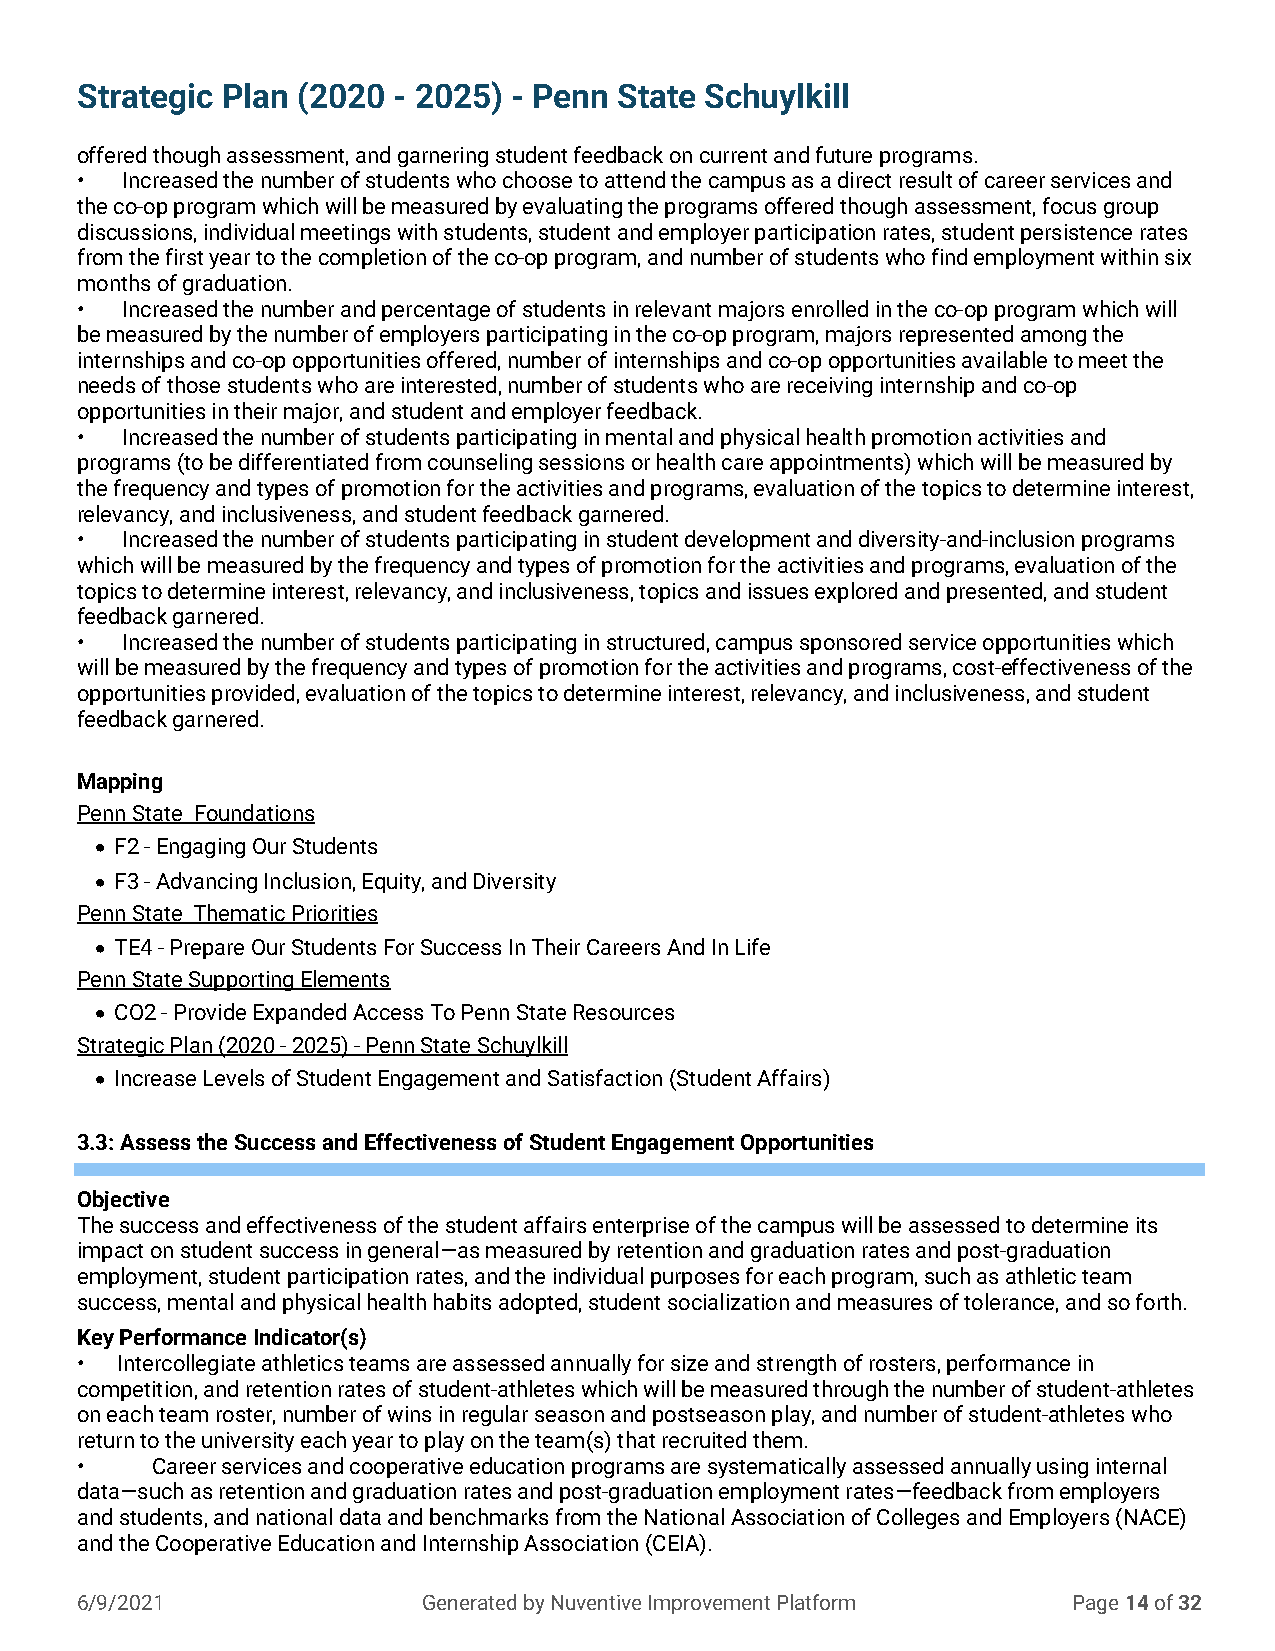
Strategic Plan (2020 - 2025) - Penn State Schuylkill
 offered though assessment, and garnering student feedback on current and future programs.
 •  Increased the number of students who choose to attend the campus as a direct result of career services and
 the co-op program which will be measured by evaluating the programs offered though assessment, focus group
 discussions, individual meetings with students, student and employer participation rates, student persistence rates
 from the first year to the completion of the co-op program, and number of students who find employment within six
 months of graduation.
 •  Increased the number and percentage of students in relevant majors enrolled in the co-op program which will
 be measured by the number of employers participating in the co-op program, majors represented among the
 internships and co-op opportunities offered, number of internships and co-op opportunities available to meet the
 needs of those students who are interested, number of students who are receiving internship and co-op
 opportunities in their major, and student and employer feedback.
 •  Increased the number of students participating in mental and physical health promotion activities and
 programs (to be differentiated from counseling sessions or health care appointments) which will be measured by
 the frequency and types of promotion for the activities and programs, evaluation of the topics to determine interest,
 relevancy, and inclusiveness, and student feedback garnered.
 •  Increased the number of students participating in student development and diversity-and-inclusion programs
 which will be measured by the frequency and types of promotion for the activities and programs, evaluation of the
 topics to determine interest, relevancy, and inclusiveness, topics and issues explored and presented, and student
 feedback garnered.
 •  Increased the number of students participating in structured, campus sponsored service opportunities which
 will be measured by the frequency and types of promotion for the activities and programs, cost-effectiveness of the
 opportunities provided, evaluation of the topics to determine interest, relevancy, and inclusiveness, and student
 feedback garnered.
 Mapping
 Penn State Foundations
 • F2 - Engaging Our Students
 • F3 - Advancing Inclusion, Equity, and Diversity
 Penn State Thematic Priorities
 • TE4 - Prepare Our Students For Success In Their Careers And In Life
 Penn State Supporting Elements
 • CO2 - Provide Expanded Access To Penn State Resources
 Strategic Plan (2020 - 2025) - Penn State Schuylkill
 • Increase Levels of Student Engagement and Satisfaction (Student Affairs)
 3.3: Assess the Success and Effectiveness of Student Engagement Opportunities
 Objective
 The success and effectiveness of the student affairs enterprise of the campus will be assessed to determine its
 impact on student success in general—as measured by retention and graduation rates and post-graduation
 employment, student participation rates, and the individual purposes for each program, such as athletic team
 success, mental and physical health habits adopted, student socialization and measures of tolerance, and so forth.
 Key Performance Indicator(s)
 •  Intercollegiate athletics teams are assessed annually for size and strength of rosters, performance in
 competition, and retention rates of student-athletes which will be measured through the number of student-athletes
 on each team roster, number of wins in regular season and postseason play, and number of student-athletes who
 return to the university each year to play on the team(s) that recruited them.
 •    Career services and cooperative education programs are systematically assessed annually using internal
 data—such as retention and graduation rates and post-graduation employment rates—feedback from employers
 and students, and national data and benchmarks from the National Association of Colleges and Employers (NACE)
 and the Cooperative Education and Internship Association (CEIA).
 6/9/2021               Generated by Nuventive Improvement Platform Page 14 of 32